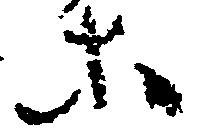
等